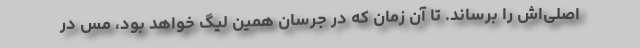
اصلی‌اش را برساند. تا آن زمان که در جرسان همین لیگ خواهد بود، مس در